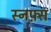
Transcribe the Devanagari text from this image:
स्नफ़्स